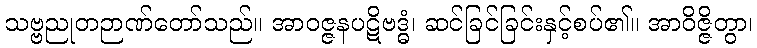
သဗ္ဗညုတဉာဏ်တော်သည်။ အာဝဇ္ဇနပဋိဗဒ္ဓံ၊ ဆင်ခြင်ခြင်းနှင့်စပ်၏။ အာဝိဇ္ဇိတွာ၊